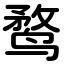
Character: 鹜